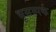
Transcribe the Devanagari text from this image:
भूसम्पर्क